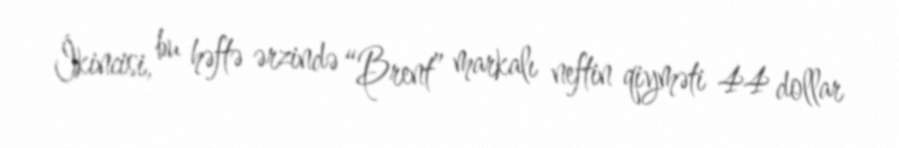
İkincisi, bu həftə ərzində “Brent” markalı neftin qiyməti 44 dollar